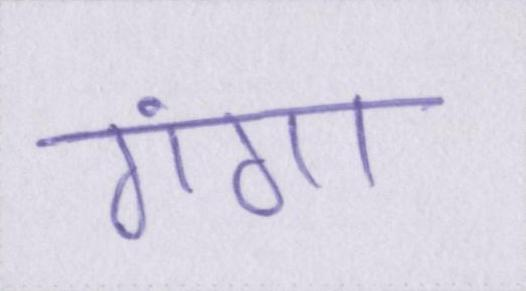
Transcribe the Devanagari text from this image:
गंगा